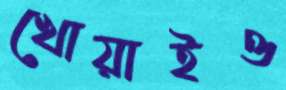
খোয়াইও